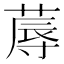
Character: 蓐